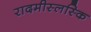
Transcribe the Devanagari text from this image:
रादमीस्लस्कि